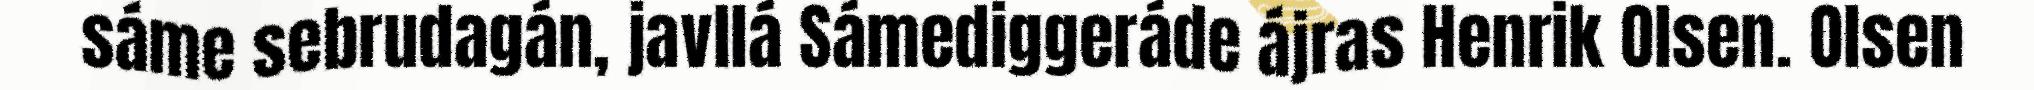
sáme sebrudagán, javllá Sámediggeráde ájras Henrik Olsen. Olsen